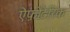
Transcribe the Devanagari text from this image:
ऐंफ़ोटेरिक